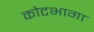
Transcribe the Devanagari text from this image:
कोटभागा